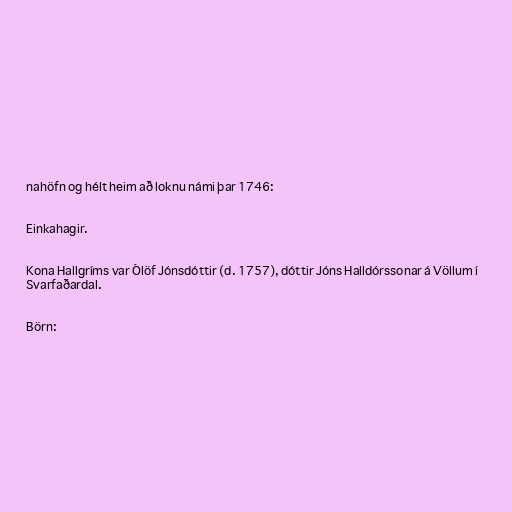
nahöfn og hélt heim að loknu námi þar 1746:

Einkahagir.

Kona Hallgríms var Ólöf Jónsdóttir (d. 1757), dóttir Jóns Halldórssonar á Völlum í
Svarfaðardal.

Börn: